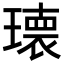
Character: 𭹹